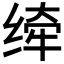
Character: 𰬮